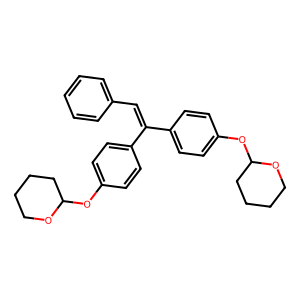
SMILES: C(=C(c1ccc(OC2CCCCO2)cc1)c1ccc(OC2CCCCO2)cc1)c1ccccc1
Inhibits HIV replication: No